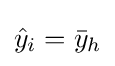
{\hat {y}}_{i}={\bar {y}}_{h}